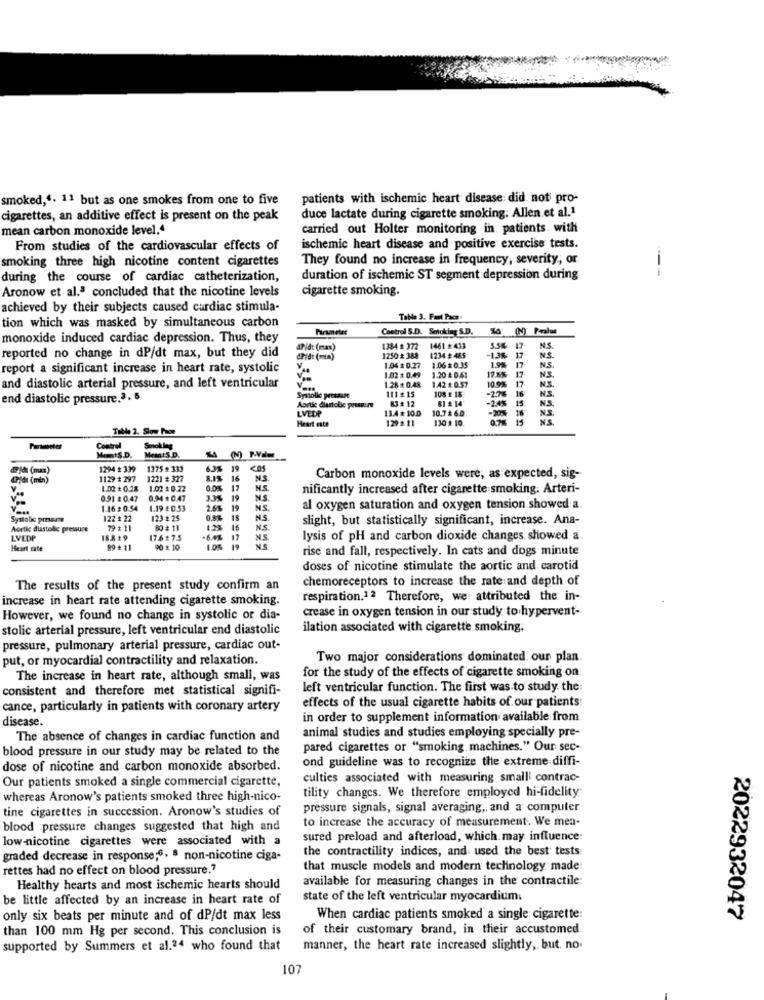
smoked,“. 11 but as one smokes from one to five
patients with ischemic heart disease: did not pro-
cigarettes, an additive effect is present on the peak
duce lactate during cigarette smoking. Allen et al.1
mean carbon monoxide level."
carried out Holter monitoring in. patients with
From studies of the cardiovascular effects of
ischemic heart disease and positive exercise tests.
smoking three high nicotine content cigarettes
They found no increase in frequency, severity, or
--
during the course of cardiac catheterization,
duration of ischemic ST segment depression during
Aronow et al.ª concluded that the nicotine levels
cigarette smoking.
achieved by their subjects caused cardiac stimula-
Table 3. Fast Pace
tion which was masked by simultaneous carbon
Parameter
Control S.D. Smoking S.D.
monoxide induced cardiac depression. Thus, they
APid: (max)
1384 1 372
1461 # 433
-1,3%
5.54 17
17
N.S.
reported no change in dP/dt max, but they did
drid: (min)
1250 # 388
1234 # 455
1.9%
17
N.S.
report a significant increase in heart rate, systolic
V.
1.04 1 0.27
1.061 0.35
17 1%
17
N.S.
N.S.
V ..
1.02 1 0.49
1.28 + 0.48
1.20 # 0.61
1.42 # 0.57
10.9%
17
N.S.
and diastolic arterial pressure, and left ventricular
111 : 15
108 1 18
16
N.S.
end diastolic pressure.3. 5
Systolic persasze
83# 12
$1 # 14
-24%
15
Aortic diastobie pressure
LVEDP
13.4* 10.0
10.7₺ 6.0
-20%
16
N.S.
N.S.
Heart este
129 2 11
130 1 10
0.7% 15
Table 2. Slow Page
Parameter
Control
MitS.D.
Memi'S.D.
dojde (max)
1294 : 339
1375 ≥ 333
63%
19
Lyde (min)
1129 # 297
1221 # 327
16
NS
Carbon monoxide levels were, as expected, sig-
1.02 +0.28
1.02 $ 0.22
17
nificantly increased after cigarette smoking. Arteri-
0.91 # 0.47
0.94 + 0.47
19
NS.
1.16 # 0.54
1.19 2 0.53
NS.
al oxygen saturation and oxygen tension showed a
Systolic presente
122 # 22
123 :25
18
N.S.
slight, but statistically significant, increase. Ana-
Aortic diastolic pressure
79 + 11
N.S.
LVEDP
18819
17.6:7.5
NS.
lysis of pH and carbon dioxide changes showed a
Heart rate
89 + 11
90 £ 10
rise and fall, respectively. In cats and dogs minute
doses of nicotine stimulate the aortic and carotid
chemoreceptors to increase the rate and depth of
The results of the present study confirm an
increase in heart rate attending cigarette smoking.
respiration.12 Therefore, we: attributed the in-
crease in oxygen tension in our study to hypervent-
However, we found no change in systolic or dia-
stolic arterial pressure, left ventricular end diastolic
ilation associated with cigarette smoking.
pressure, pulmonary arterial pressure, cardiac out-
put, or myocardial contractility and relaxation.
Two major considerations dominated our plan.
for the study of the effects of cigarette smoking on.
The increase in heart rate, although small, was
consistent and therefore met statistical signifi-
left ventricular function. The first was to study. the:
effects of the usual cigarette habits of our patients
cance, particularly in patients with coronary artery
disease.
in order to supplement information available from
animal studies and studies employing specially pre-
The absence of changes in cardiac function and
blood pressure in our study may be related to the
pared cigarettes or "smoking machines." Our sec-
ond guideline was to recognize the extreme diffi-
dose of nicotine and carbon monoxide absorbed.
Our patients smoked a single commercial cigarette,
culties associated with measuring small' contrac-
tility changes. We therefore employed hi-fidelity
whereas Aronow's patients smoked three high-nico-
tine cigarettes in succession. Aronow's studies of
pressure signals, signal averaging ,, and a computer
to increase the accuracy of measurement. We men-
blood pressure changes suggested that high and
low-nicotine cigarettes were associated with a
sured preload and afterload, which may influence:
the contractility indices, and used the best tests
graded decrease in response;6. 8 non-nicotine ciga-
rettes had no effect on blood pressure."
that muscle models and modern technology made
available for measuring changes in the contractile:
Healthy hearts and most ischemic hearts should
be little affected by an increase in heart rate of
state of the left ventricular myocardium.
only six beats per minute and of dP/dt max less
When cardiac patients smoked a single cigarette:
2022932047
than 100 mm Hg per second. This conclusion is
of their customary brand, in their accustomed
supported by Summers et al.24 who found that
manner, the heart rate increased slightly, but. no.
107